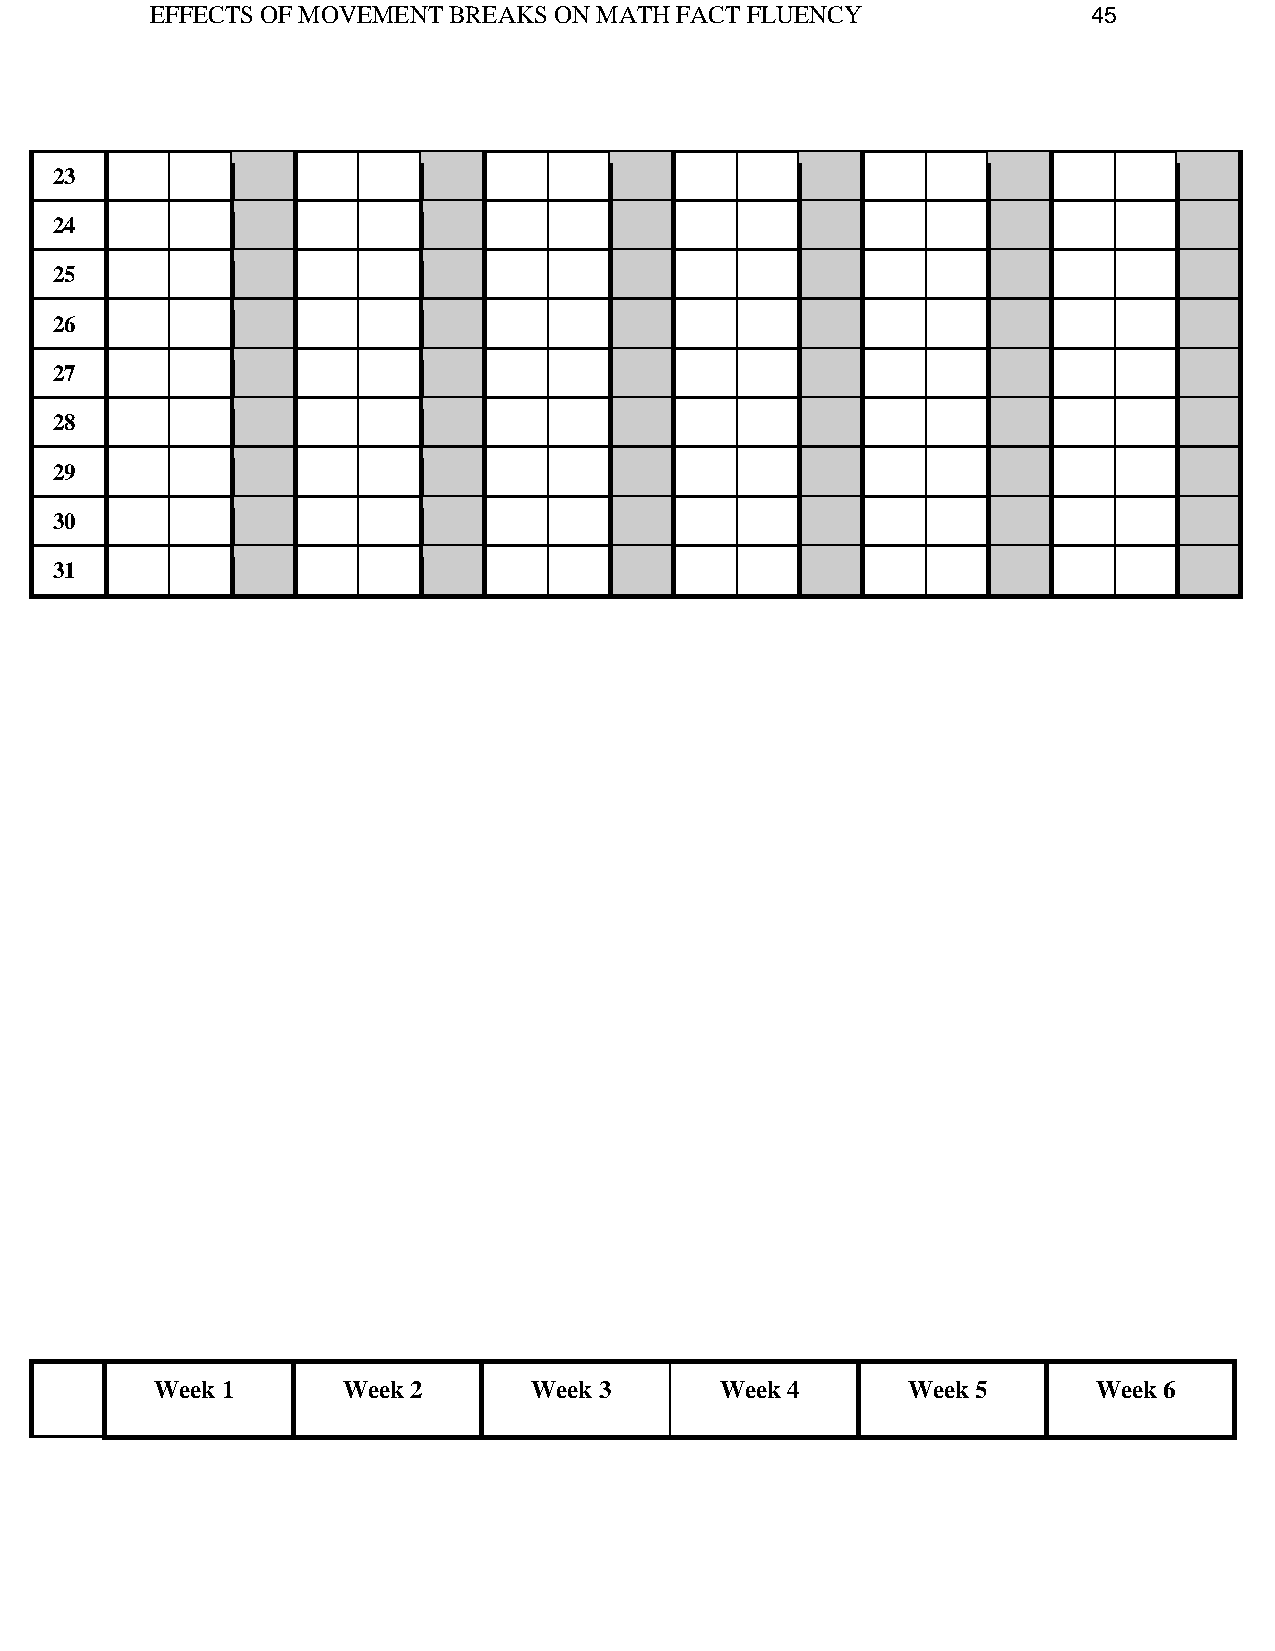
EFFECTS OF MOVEMENT BREAKS ON MATH FACT FLUENCY               45
 23
 24
 25
 26
 27
 28
 29
 30
 31
 Week 1       Week 2      Week 3       Week 4      Week 5       Week 6